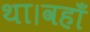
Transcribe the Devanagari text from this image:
था।वहाँ